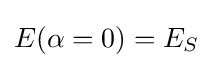
{\textstyle E(\alpha =0)=E_{S}}